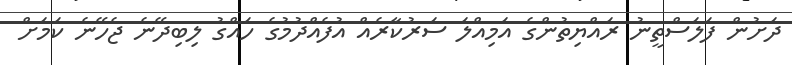
ދަށުން ފަލަސްތީނު ރައްޔިތުންގެ އަމިއްލަ ސަރުކާރެއް އުފެއްދުމުގެ ހައްގު ލިބިދޭނެ ޖެހޭނެ ކަމަށް